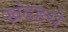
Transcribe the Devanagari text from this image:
खंडहरो